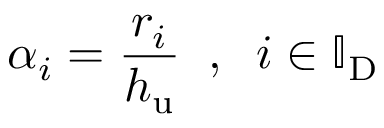
\alpha _ { i } = \frac { r _ { i } } { h _ { \mathrm { u } } } \; \; , \; \; i \in \mathbb { I } _ { \mathrm { D } }